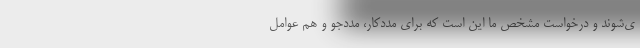
ی‌شوند و درخواست مشخص ما این است که برای مددکار، مددجو و هم عوامل